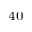
^ { 4 0 }